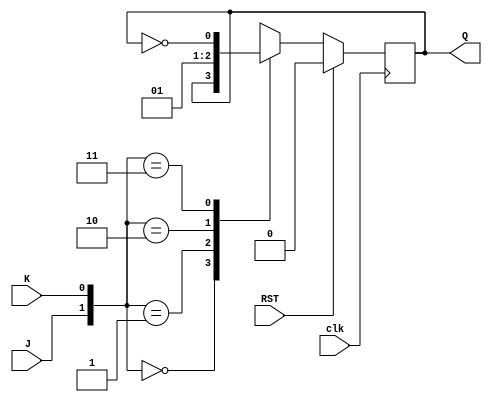
module JK  //JK触发器
(input clk
,input RST
,input J
,input K
,output reg Q
);
always@(negedge clk)
if(RST)
	Q<=0;
else
	case({J,K})
	2'b00:Q<=Q;
	2'b01:Q<=1'b0;
	2'b10:Q<=1'b1;
	2'b11:Q<=~Q;
	endcase
endmodule
module JK_8421 //例化和连接
(input clk
,input RST
,output[3:0]Q
);
//实现异步电路的特征方程
JK FFI(clk,RST,1,1,Q[0]);
JK FFII(Q[0],RST,~Q[3],~Q[3],Q[1]);
JK FFIII(Q[1],RST,1,1,Q[2]);
JK FFIV(Q[0],RST,Q[1]&Q[2],Q[3],Q[3]);
endmodule